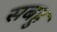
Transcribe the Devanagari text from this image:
सबहु